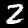
Label: 2